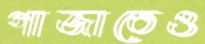
গাজাতেও